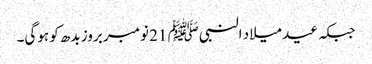
جبکہ عید میلاد النبیﷺ 21 نومبر بروز بدھ کو ہوگی۔